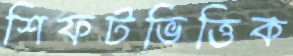
শিফটভিত্তিক